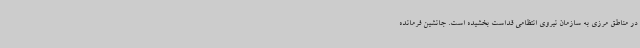
در مناطق مرزی به سازمان نیروی انتظامی قداست بخشیده است. جانشین فرمانده